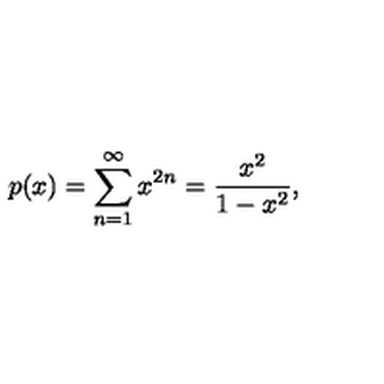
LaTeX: p ( x ) = \sum _ { n = 1 } ^ { \infty } x ^ { 2 n } = { \frac { x ^ { 2 } } { 1 - x ^ { 2 } } } ,